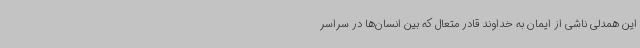
این همدلی ناشی از ایمان به خداوند قادر متعال که بین انسان‌ها در سراسر